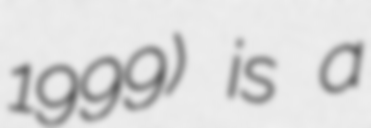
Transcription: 1999) is a